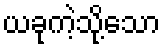
ယခုကဲ့သို့သော